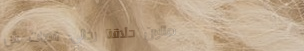
صالون حلاقة رجالي: قصات ش